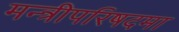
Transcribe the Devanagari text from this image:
मन्त्रीपरिषदमा